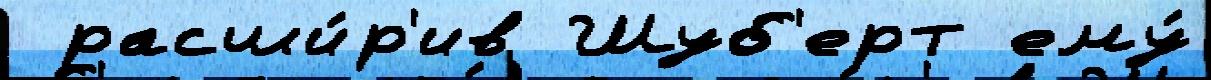
 расши́р'ив Шуб'ерт ему́